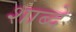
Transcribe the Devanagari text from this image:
शाब्दे